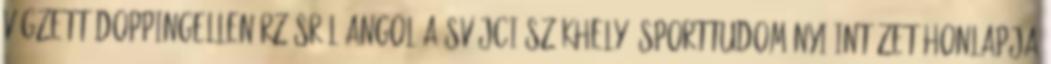
végzett doppingellenőrzésről angol A svájci székhelyű Sporttudományi Intézet honlapja